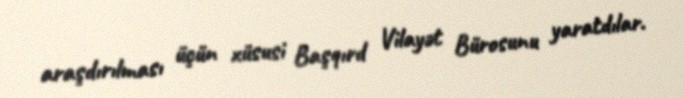
araşdırılması üçün xüsusi Başqırd Vilayət Bürosunu yaratdılar.